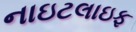
નાઇટલાઇફ